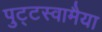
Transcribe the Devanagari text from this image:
पुट्टस्वामैया